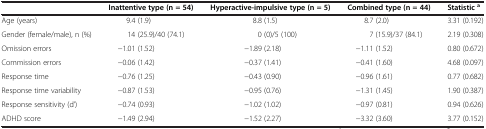
|  | Inattentive type (n = 54) | Hyperactive-impulsive type (n = 5) | Combined type (n = 44) | Statistica |
 | --- | --- | --- | --- | --- |
 | Age (years) | 9.4 (1.9) | 8.8 (1.5) | 8.7 (2.0) | 3.31 (0.192) |
 | Gender (female/male), n (%) | 14 (25.9)/40 (74.1) | 0 (0)/5 (100) | 7 (15.9)/37 (84.1) | 2.19 (0.308) |
 | Omission errors | −1.01 (1.52) | −1.89 (2.18) | −1.11 (1.52) | 0.80 (0.672) |
 | Commission errors | −0.06 (1.42) | −0.37 (1.41) | −0.41 (1.60) | 4.68 (0.097) |
 | Response time | −0.76 (1.25) | −0.43 (0.90) | −0.96 (1.61) | 0.77 (0.682) |
 | Response time variability | −0.87 (1.53) | −0.95 (0.76) | −1.31 (1.45) | 1.90 (0.387) |
 | Response sensitivity (d’) | −0.74 (0.93) | −1.02 (1.02) | −0.97 (0.81) | 0.94 (0.626) |
 | ADHD score | −1.49 (2.94) | −1.52 (2.27) | −3.32 (3.60) | 3.77 (0.152) |